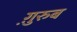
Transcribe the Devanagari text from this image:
ग़़ुरुब